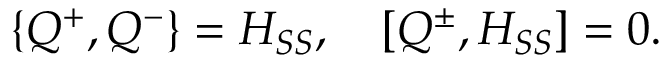
\left\{ Q ^ { + } , Q ^ { - } \right\} = H _ { S S } , \quad \left[ Q ^ { \pm } , H _ { S S } \right] = 0 .